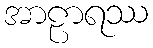
အာဠာရဿ